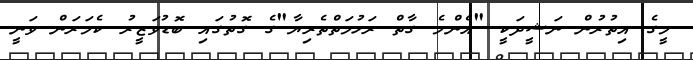
މީގެ އިތުރުން ނަޝީދަކީ "އެންމެ ގާތް ރަހުމަތްތެރިޔާ"ގެ ގޮތުގައި ބޮޑުވަޒީރު ކެމަރަން ވަނީ